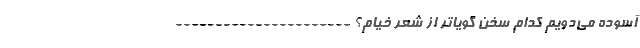
آسوده می‌دویم کدام سخن گویاتر از شعر خیام؟ ----------------------